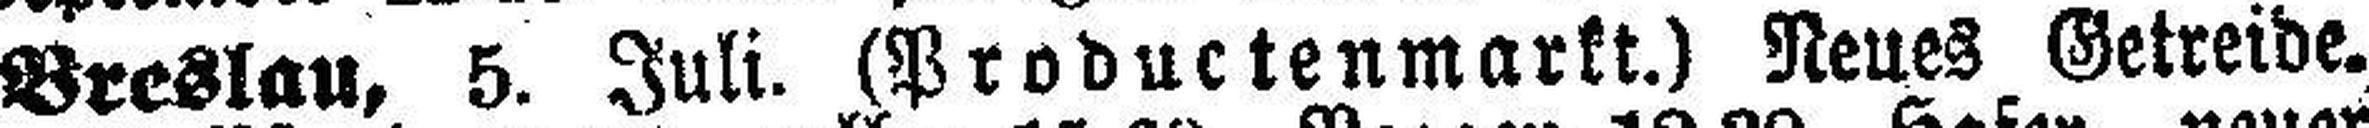
Breslau, 5. Juli. (Productenmarkt.) Neues Getreide.